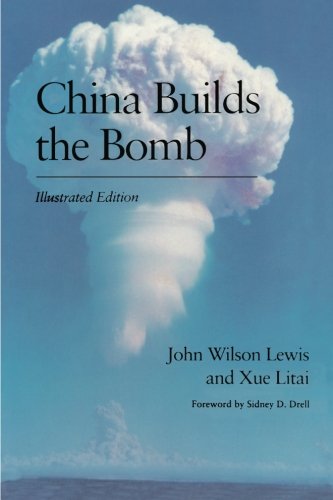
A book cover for China Builds the Bomb (Studies in Intl Security and Arm Control); John Lewis; Engineering & Transportation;